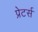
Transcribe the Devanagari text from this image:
प्रेटर्स